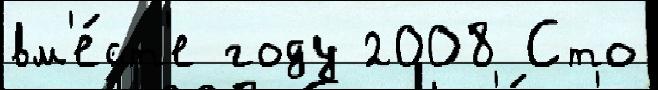
вм'е́ст'е году 2008 Сто